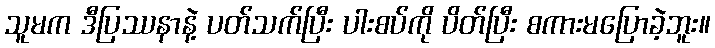
သူမက ဒီပြဿနာနဲ့ ပတ်သက်ပြီး ပါးစပ်ကို ပိတ်ပြီး စကားမပြောခဲ့ဘူး။